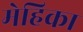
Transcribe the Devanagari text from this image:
मेहिका